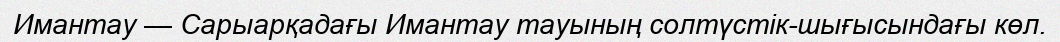
Имантау — Сарыарқадағы Имантау тауының солтүстік-шығысындағы көл.